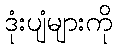
ဒုံးပျံများကို